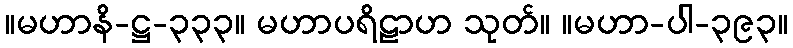
။မဟာနိ-ဋ္ဌ-၃၃၃။ မဟာပရိဠာဟ သုတ်။ ။မဟာ-ပါ-၃၉၃။